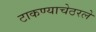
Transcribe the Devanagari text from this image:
टाकण्याचेठरले